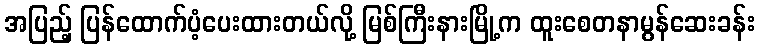
အပြည့် ပြန်ထောက်ပံ့ပေးထားတယ်လို့ မြစ်ကြီးနားမြို့က ထူးစေတနာမွန်ဆေးခန်း